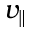
v _ { \parallel }